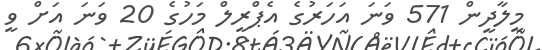
މީލާދީން 571 ވަނަ އަހަރުގެ އެޕްރީލް މަހުގެ 20 ވަނަ އަށް ވީ